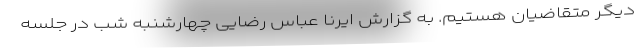
دیگر متقاضیان هستیم. به گزارش ایرنا عباس رضایی چهارشنبه شب در جلسه